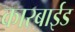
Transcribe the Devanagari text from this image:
कारबाईड